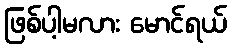
ဖြစ်ပါ့မလား မောင်ရယ်